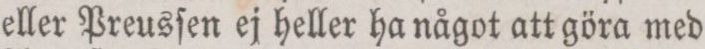
eller Preusſen ej heller ha något att göra med